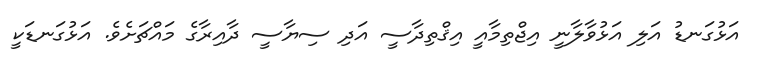
އަޅުގަނޑު އަލި އަޅުވާލާނީ އިޖްތިމާއީ އިޤްތިދާސީ އަދި ސިޔާސީ ދާއިރާގެ މައްޗަށެވެ. އަޅުގަނޑަކީ